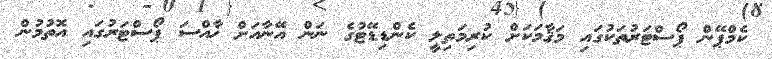
ކެމްޕޭން ޕޯސްޓަރުތަކުގައި މަޤާމަކަށް ކުރިމަތިލީ ކެންޑިޑޭޓުގެ ނަން އޭނާއަށް ޚާއްސަ ޕޯސްޓަރުގައި އޮތުމުން